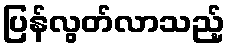
ပြန်လွတ်လာသည့်